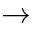
\rightarrow